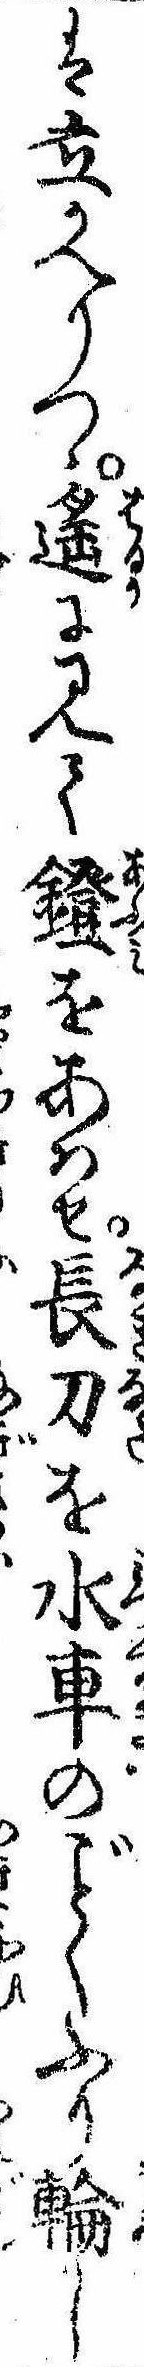
は立かへりつゝ遥に見て鐙をあはせ長刀を水車のくふり輪し